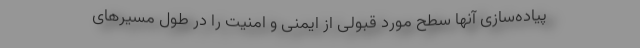
پیاده‌سازی آنها سطح مورد قبولی از ایمنی و امنیت را در طول مسیرهای